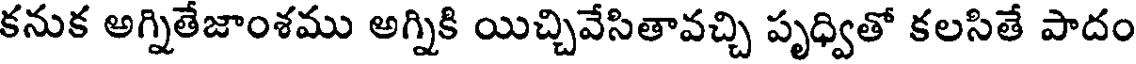
కనుక అగ్నితేజాంశము అగ్నికి యిచ్చివేసితావచ్చి పృధ్వితో కలసితే పాదం